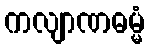
ကလျာဏဓမ္မံ